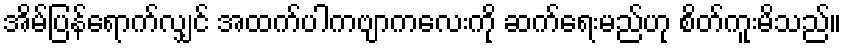
အိမ်ပြန်ရောက်လျှင် အထက်ပါကဗျာကလေးကို ဆက်ရေးမည်ဟု စိတ်ကူးမိသည်။